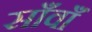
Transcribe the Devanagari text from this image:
साँवाँ